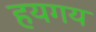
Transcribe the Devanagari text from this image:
हयगय